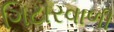
ગિટારવાળી